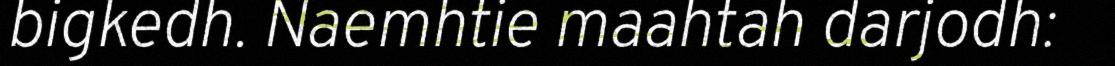
bigkedh. Naemhtie maahtah darjodh: